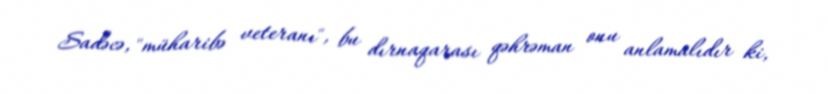
Sadəcə, "müharibə veteranı", bu dırnaqarası qəhrəman onu anlamalıdır ki,